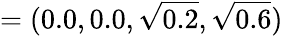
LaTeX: =(0.0,0.0,\sqrt{0.2},\sqrt{0.6})